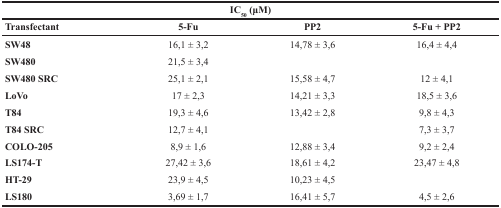
<table><thead><tr><td colspan="4"><b>IC<sub>50</sub> (μM)</b></td></tr><tr><td><b>Transfectant</b></td><td><b>5-Fu</b></td><td><b>PP2</b></td><td><b>5-Fu + PP2</b></td></tr></thead><tbody><tr><td><b>SW48</b></td><td>16,1 ± 3,2</td><td>14,78 ± 3,6</td><td>16,4 ± 4,4</td></tr><tr><td><b>SW480</b></td><td>21,5 ± 3,4</td><td>[EMPTY_CELL]</td><td>[EMPTY_CELL]</td></tr><tr><td><b>SW480 SRC</b></td><td>25,1 ± 2,1</td><td>15,58 ± 4,7</td><td>12 ± 4,1</td></tr><tr><td><b>LoVo</b></td><td>17 ± 2,3</td><td>14,21 ± 3,3</td><td>18,5 ± 3,6</td></tr><tr><td><b>T84</b></td><td>19,3 ± 4,6</td><td>13,42 ± 2,8</td><td>9,8 ± 4,3</td></tr><tr><td><b>T84 SRC</b></td><td>12,7 ± 4,1</td><td>[EMPTY_CELL]</td><td>7,3 ± 3,7</td></tr><tr><td><b>COLO-205</b></td><td>8,9 ± 1,6</td><td>12,88 ± 3,4</td><td>9,2 ± 2,4</td></tr><tr><td><b>LS174-T</b></td><td>27,42 ± 3,6</td><td>18,61 ± 4,2</td><td>23,47 ± 4,8</td></tr><tr><td><b>HT-29</b></td><td>23,9 ± 4,5</td><td>10,23 ± 4,5</td><td>[EMPTY_CELL]</td></tr><tr><td><b>LS180</b></td><td>3,69 ± 1,7</td><td>16,41 ± 5,7</td><td>4,5 ± 2,6</td></tr></tbody></table>